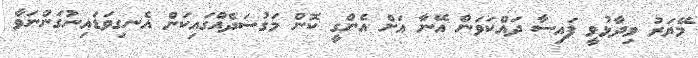
މޭޔަރު ވިދާޅުވީ ފައިސާ ދައްކަވަން އޭނާ އަށް އެންގީ ކޮން މަގުސަދެއްގައިކަން އެނގިވަޑައިނުގަންނަވާ